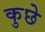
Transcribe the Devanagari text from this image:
कुछे